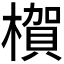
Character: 𪳺